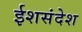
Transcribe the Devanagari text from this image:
ईशसंदेश